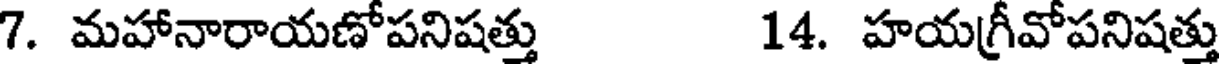
7. మహానారాయణోపనిషత్తు 14. హయగ్రీవోపనిషత్తు